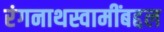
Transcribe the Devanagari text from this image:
रंगनाथस्वामींबद्दल